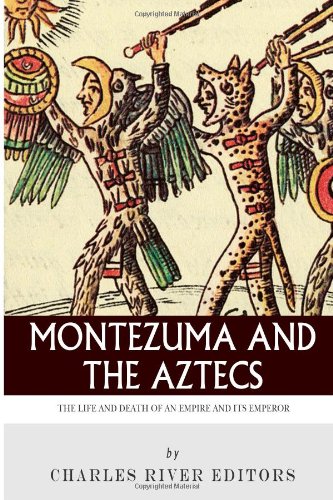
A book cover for Montezuma and the Aztecs: The Life and Death of an Empire and Its Emperor; Charles River Editors; History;